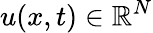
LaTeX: u(x,t)\in\mathbb{R}^{N}